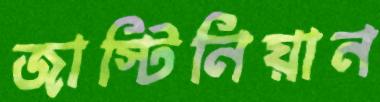
জাস্টিনিয়ান